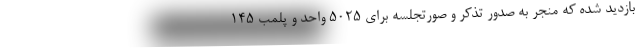
بازدید شده که منجر به صدور تذکر و صورتجلسه برای ۵۰۲۵ واحد و پلمب ۱۴۵